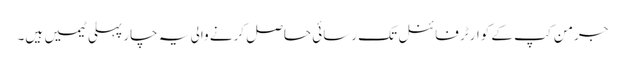
جرمن کپ کے کوارٹر فائنل تک رسائی حاصل کرنے والی یہ چار پہلی ٹیمیں ہیں۔